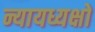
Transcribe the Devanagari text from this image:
न्यायध्यक्षों